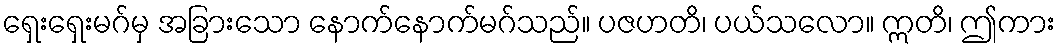
ရှေးရှေးမဂ်မှ အခြားသော နောက်နောက်မဂ်သည်။ ပဇဟတိ၊ ပယ်သလော။ ဣတိ၊ ဤကား